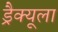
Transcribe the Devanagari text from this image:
ड्रैक्यूला